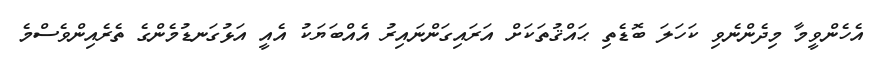
އެހެންވީމާ މިދެންނެވި ކަހަލަ ބޮޑެތި ޙައްޤުތަކަށް އަރައިގަންނައިރު އެއްބަޔަކު އެއީ އަޅުގަނޑުމެންގެ ތެރެއިންވެސްމެ